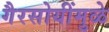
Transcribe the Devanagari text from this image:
गैरसोयींमुळे